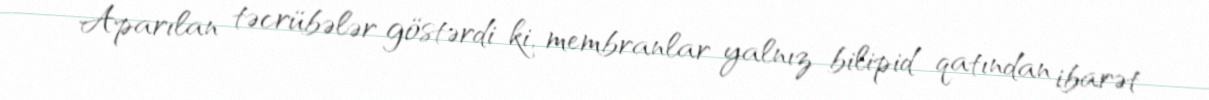
Aparılan təcrübələr göstərdi ki, membranlar yalnız bilipid qatından ibarət